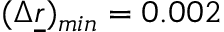
( \Delta \underline { { r } } ) _ { m i n } = 0 . 0 0 2